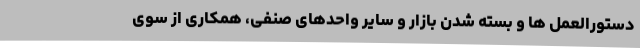
دستورالعمل ها و بسته شدن بازار و سایر واحدهای صنفی، همکاری از سوی